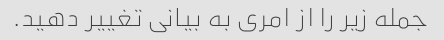
جمله زیر را از امری به بیانی تغییر دهید.